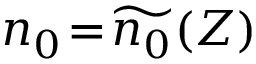
n _ { 0 } \! = \! \widetilde { n _ { 0 } } ( Z )